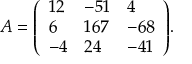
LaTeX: A = { \left( \begin{array} { l l l } { 1 2 } & { - 5 1 } & { 4 } \\ { 6 } & { 1 6 7 } & { - 6 8 } \\ { - 4 } & { 2 4 } & { - 4 1 } \end{array} \right) } .